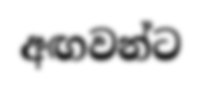
අඟවන්ට